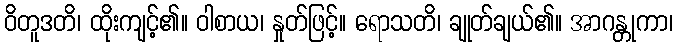
ဝိတူဒတိ၊ ထိုးကျင့်၏။ ဝါစာယ၊ နှုတ်ဖြင့်။ ရောသတိ၊ ချုတ်ချယ်၏။ အာဂန္တုကာ၊